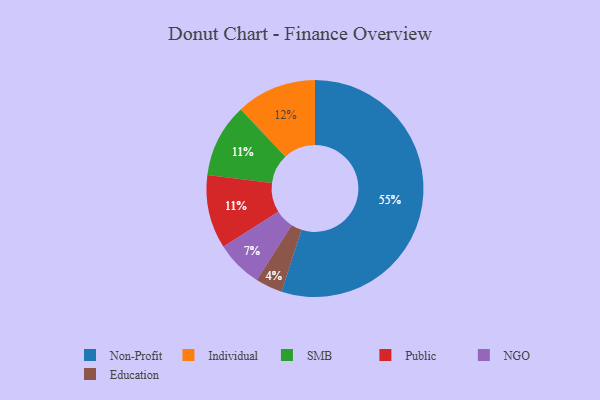
{"axis": {"x": "Category", "y": "Percentage"}, "legend": ["Education", "Individual", "NGO", "Non-Profit", "Public", "SMB"], "data": [{"x": "Education", "y": 4, "type": "Education"}, {"x": "Individual", "y": 12, "type": "Individual"}, {"x": "SMB", "y": 11, "type": "SMB"}, {"x": "Public", "y": 11, "type": "Public"}, {"x": "Non-Profit", "y": 55, "type": "Non-Profit"}, {"x": "NGO", "y": 7, "type": "NGO"}]}